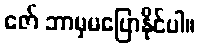
ဇော် ဘာမှမပြောနိုင်ပါ။